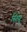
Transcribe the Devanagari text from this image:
स्रियू